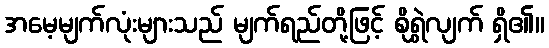
အမေ့မျက်လုံးများသည် မျက်ရည်တို့ဖြင့် စိုရွှဲလျက် ရှိ၏။